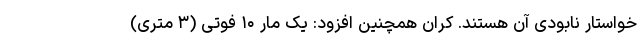
خواستار نابودی آن هستند. کران همچنین افزود: یک مار ۱۰ فوتی (۳ متری)